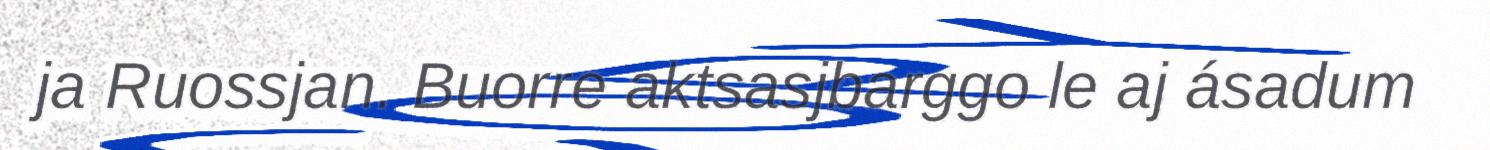
ja Ruossjan. Buorre aktsasjbarggo le aj ásadum